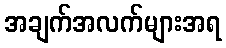
အချက်အလက်များအရ